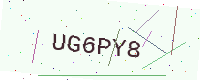
Text: UG6PY8